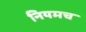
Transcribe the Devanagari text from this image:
नियमच